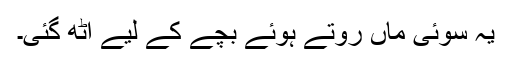
یہ سوئی ماں روتے ہوئے بچے کے لیے اٹھ گئی۔